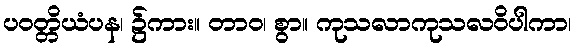
ပဝတ္တိယံပန၊ ၌ကား။ တာဝ၊ စွာ။ ကုသလာကုသလဝိပါကာ၊